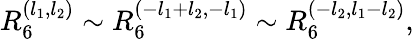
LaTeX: R_{6}^{(l_{1},l_{2})}\sim R_{6}^{(-l_{1}+l_{2},-l_{1})}\sim R_{6}^{(-l_{2},l_{1}-l_{2})},